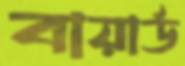
বায়ার্ড